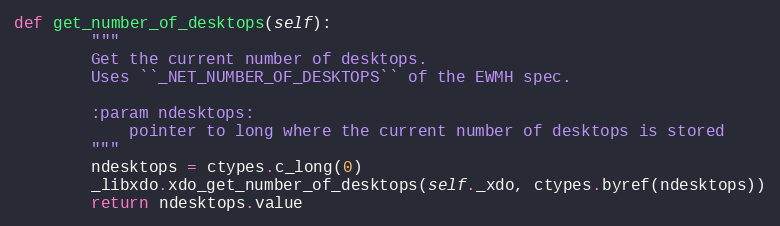
Language: Python
def get_number_of_desktops(self):
        """
        Get the current number of desktops.
        Uses ``_NET_NUMBER_OF_DESKTOPS`` of the EWMH spec.

        :param ndesktops:
            pointer to long where the current number of desktops is stored
        """
        ndesktops = ctypes.c_long(0)
        _libxdo.xdo_get_number_of_desktops(self._xdo, ctypes.byref(ndesktops))
        return ndesktops.value